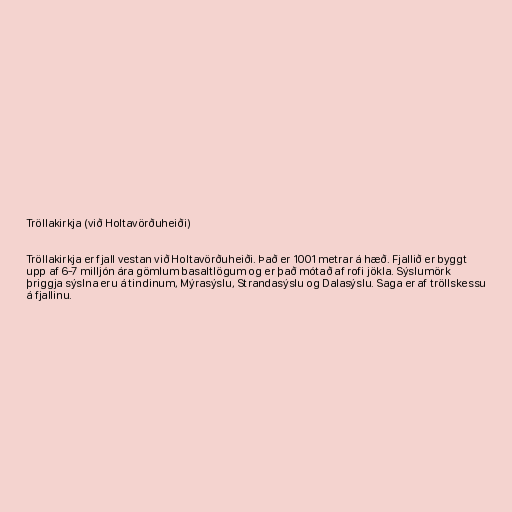
Tröllakirkja (við Holtavörðuheiði)

Tröllakirkja er fjall vestan við Holtavörðuheiði. Það er 1001 metrar á hæð. Fjallið er byggt
upp af 6-7 milljón ára gömlum basaltlögum og er það mótað af rofi jökla. Sýslumörk
þriggja sýslna eru á tindinum, Mýrasýslu, Strandasýslu og Dalasýslu. Saga er af tröllskessu
á fjallinu.